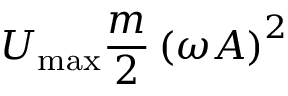
U _ { \mathrm { m a x } } { \frac { m } { 2 } } \left( \omega A \right) ^ { 2 }